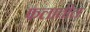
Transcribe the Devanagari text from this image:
फलातील